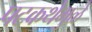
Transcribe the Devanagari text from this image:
पटकथेमुळे